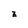
Character: z